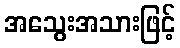
အသွေးအသားဖြင့်